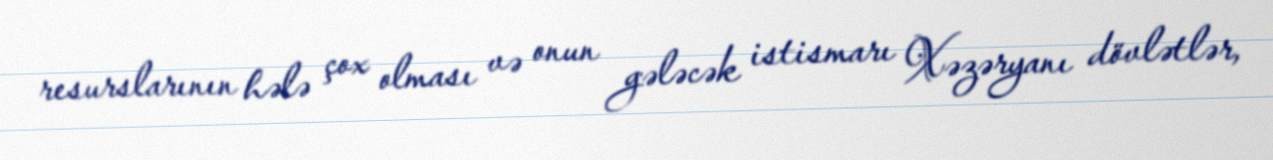
resurslarının hələ çox olması və onun gələcək istismarı Xəzəryanı dövlətlər,